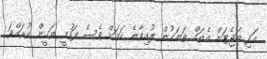
އަދި ބަޖެޓަށް އެތައް ތަނަކުން ލުއިވާނެ ކަމަށް ވެސް ފަހުމީ ޔަގީން ކުރައްވަ